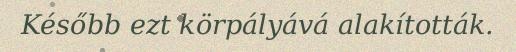
Később ezt körpályává alakították.